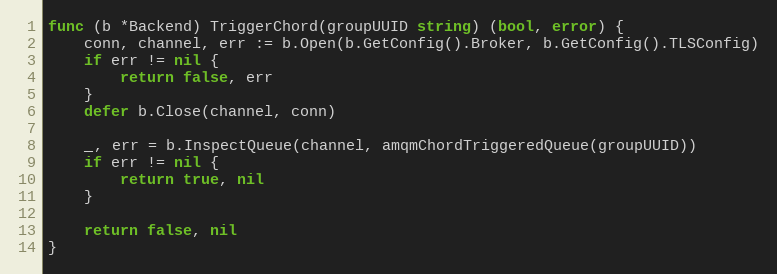
Language: Go
func (b *Backend) TriggerChord(groupUUID string) (bool, error) {
	conn, channel, err := b.Open(b.GetConfig().Broker, b.GetConfig().TLSConfig)
	if err != nil {
		return false, err
	}
	defer b.Close(channel, conn)

	_, err = b.InspectQueue(channel, amqmChordTriggeredQueue(groupUUID))
	if err != nil {
		return true, nil
	}

	return false, nil
}